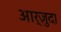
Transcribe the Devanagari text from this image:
आर्ज़ुदा